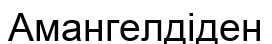
Амангелдіден